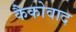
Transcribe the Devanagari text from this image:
कैकोवाद